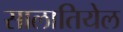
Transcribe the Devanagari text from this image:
सालातियेल